Annual vaccination report of Bihar and Orissa - 1911-1928
Year: 1911
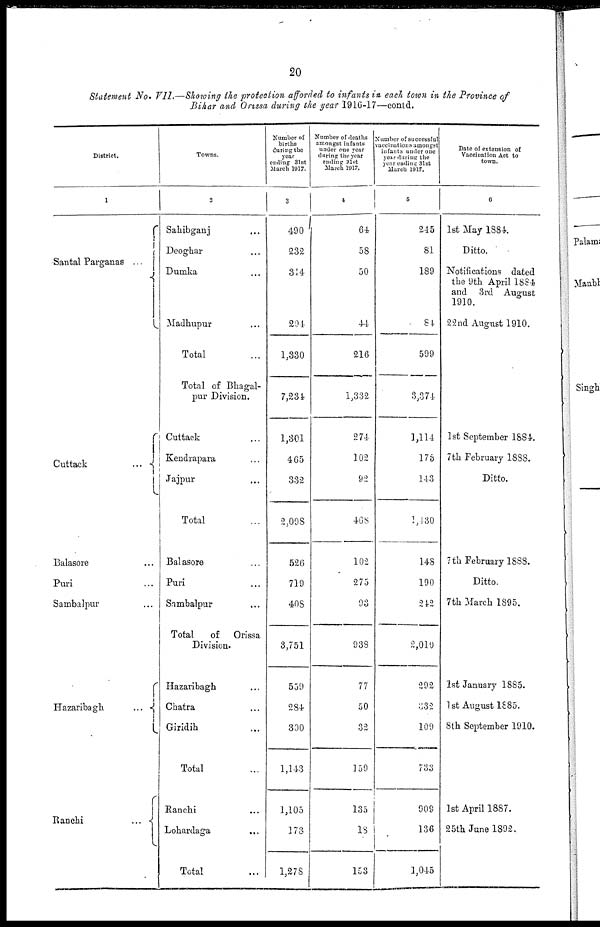
20
Statement No. VII.—Showing the protection afforded to infants in each town in the Province of
Bihar and Orissa during the year 1916-17—contd.
District.
1
Santal Parganas
...
Cuttack ...
Balasore...
Puri...
Sambalpur... ...
Hazaribagh ...
Ranchi...
...
Towns.
2
Sahibganj... ...
Deoghar... ...
Dumka... ...
Madhupur... ...
Total...
Total of Bhagal-
pur Division.
Cuttack...
Kendrapara...
Jajpur... ...
Total...
Balasore...
Puri... ...
Sambalpur... ...
Total
of Orissa
Division.
Hazaribagh... ...
Chatra... ...
Giridih... ...
Total...
Ranchi... ...
Lohardaga... ...
Total...
Number of
births
during the
year
ending 31st
March 1917.
3
490
232
314
294
1,330
7,234
1,301
465
332
2,098
526
719
408
3,751
539
284
390
1,143
1,105
173
1,278
Number of deaths
amongst infants
under one year
during the year
ending 31st
March 1917.
4
64
58
50
44
216
1,332
274
102
92
468
102
275
93
938
77
50
32
159
135
18
153
Number of successful
vaccinations amongst
infants under one
year during the
year ending 31st
March 1917.
5
245
81
189
61
599
3,374
1,114
178
143
1,430
148
190
242
2,010
292
832
109
733
909
136
1,045
Date of extension of
Vaccination Act to
town.
6
1st May 1884.
Ditto.
Notifications dated
the 9th April 1884
and 3rd August
1910.
22 nd August 1910.
1st September 1884.
7th February 1888.
Ditto.
7 th February 1888.
Ditto.
7th March 1895.
1st January 1885.
1 st August 1885.
8th September 1910.
1st April 1887.
25th June 1892.